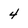
Character: 4